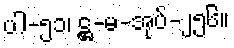
ပါ-၅၁၊ ဋ္ဌ-မ-အုပ်-၂၅၆။